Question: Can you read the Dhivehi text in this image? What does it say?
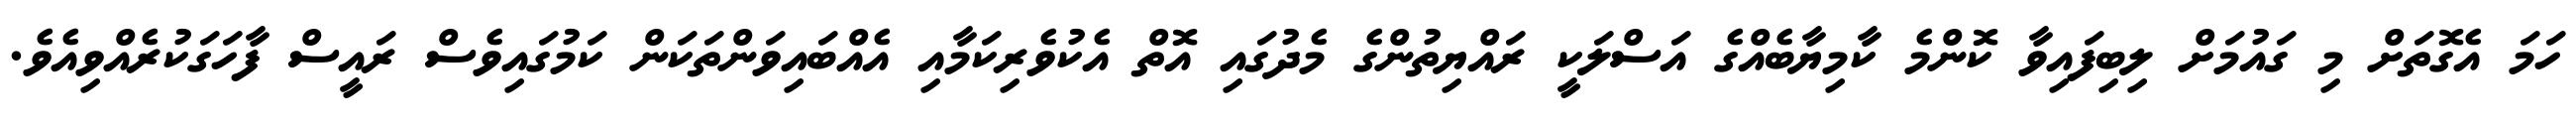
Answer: ހަމަ އެގޮތަށް މި ގައުމަށް ލިބިފައިވާ ކޮންމެ ކާމިޔާބެއްގެ އަސްލަކީ ރައްޔިތުންގެ މެދުގައި އޮތް އެކުވެރިކަމާއި އެއްބައިވަންތަކަން ކަމުގައިވެސް ރައީސް ފާހަގަކުރެއްވިއެވެ.